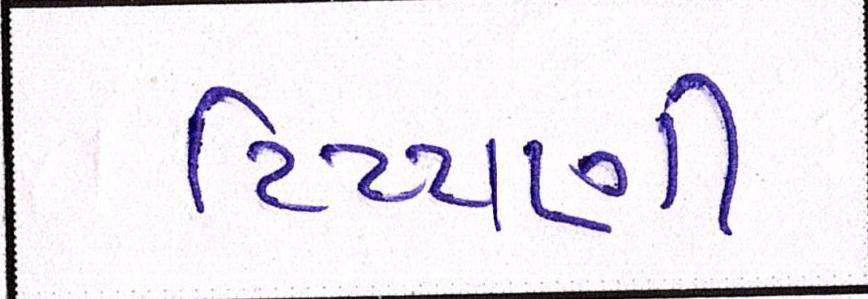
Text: ટિપ્પણી